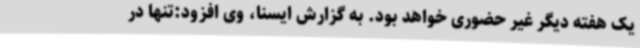
یک هفته دیگر غیر حضوری خواهد بود. به گزارش ایسنا، وی افزود:تنها در